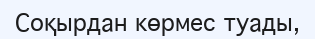
Соқырдан көрмес туады,